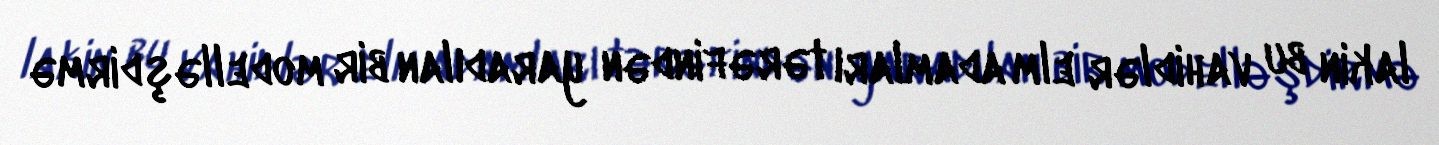
lakin bu vahidlər elm adamları tərəfindən yaradılan bir modelləşdirmə